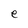
Character: e